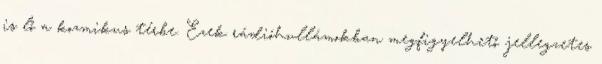
is lő a kozmikus térbe. Ezek rádióhullámokban megfigyelhető jellegzetes